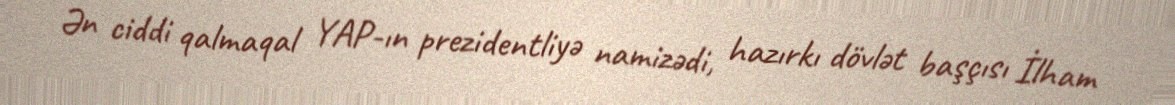
Ən ciddi qalmaqal YAP-ın prezidentliyə namizədi, hazırkı dövlət başçısı İlham